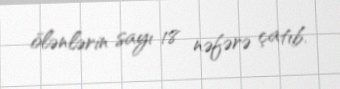
ölənlərin sayı 18 nəfərə çatıb.